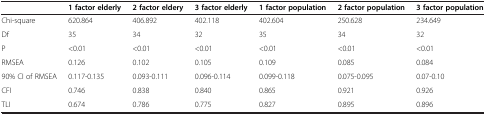
<table><thead><tr><td><b> </b></td><td><b>1 factor elderly</b></td><td><b>2 factor eldery</b></td><td><b>3 factor elderly</b></td><td><b>1 factor population</b></td><td><b>2 factor population</b></td><td><b>3 factor population</b></td></tr></thead><tbody><tr><td>Chi-square</td><td>620.864</td><td>406.892</td><td>402.118</td><td>402.604</td><td>250.628</td><td>234.649</td></tr><tr><td>Df</td><td>35</td><td>34</td><td>32</td><td>35</td><td>34</td><td>32</td></tr><tr><td>P</td><td>&lt;0.01</td><td>&lt;0.01</td><td>&lt;0.01</td><td>&lt;0.01</td><td>&lt;0.01</td><td>&lt;0.01</td></tr><tr><td>RMSEA</td><td>0.126</td><td>0.102</td><td>0.105</td><td>0.109</td><td>0.085</td><td>0.084</td></tr><tr><td>90% CI of RMSEA</td><td>0.117-0.135</td><td>0.093-0.111</td><td>0.096-0.114</td><td>0.099-0.118</td><td>0.075-0.095</td><td>0.07-0.10</td></tr><tr><td>CFI</td><td>0.746</td><td>0.838</td><td>0.840</td><td>0.865</td><td>0.921</td><td>0.926</td></tr><tr><td>TLI</td><td>0.674</td><td>0.786</td><td>0.775</td><td>0.827</td><td>0.895</td><td>0.896</td></tr></tbody></table>